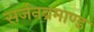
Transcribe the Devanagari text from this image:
सर्जनब्रमाण्ड